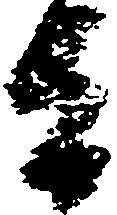
旨